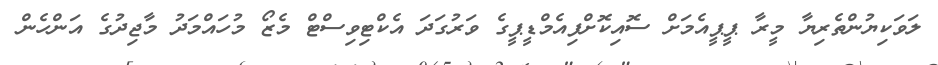
ލަވަކިޔުންތެރިޔާ މީރާ ޕީޕީއެމަށް ސޮއިކޮށްފިއެމްޑީޕީގެ ވަރުގަދަ އެކްޓިވިސްޓް މެޒޯ މުހައްމަދު މާޖިދުގެ އަންހެން